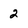
Character: 2